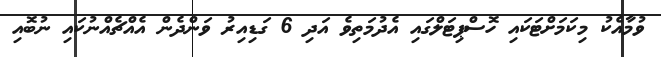
ވުމާއެކު މިކަމަށްޓަކައި ހޮސްޕިޓަލްގައި އެދުމަތިވެ އަދި 6 ގަޑިއިރު ވަންދެން އެއްޗެއްނުކައި ނުބޮއި